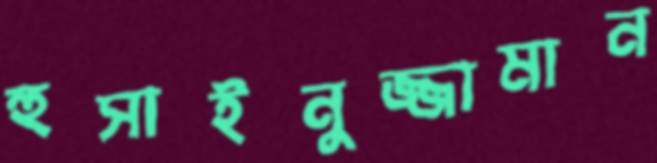
হুসাইনুজ্জামান